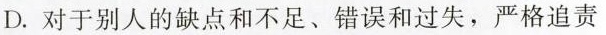
D.对于别人的缺点和不足、错误和过失，严格追责